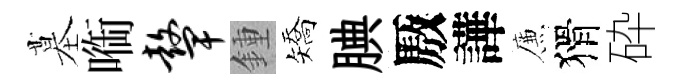
墓㗸鼙鍾矯腆厫譁簾猾砕